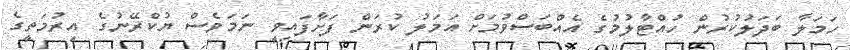
ހަމަލާ ބަދަލުކުރުން ހުއްޓާލުމުގެ އެއްބަސްވުމަށް އަމަލު ކުރަން ފަށާފައިވީ ނަމަވެސް ޔުކްރޭނުގެ އިރުމަތީގެ